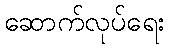
ဆောက်လုပ်ရေး